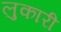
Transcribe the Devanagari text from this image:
लुकारी